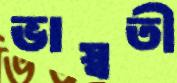
ভাস্বতী